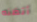
أتظنه